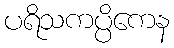
ပရိသကပ္ပိကေန